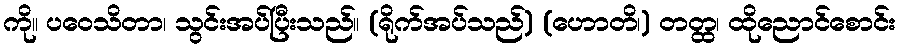
ကို။ ပဝေသိတာ၊ သွင်းအပ်ပြီးသည်။ (ရိုက်အပ်သည်) (ဟောတိ၊) တတ္ထ၊ ထိုညောင်စောင်း